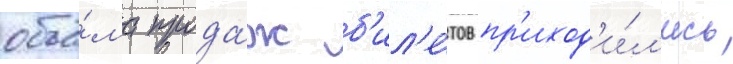
объё́ма прода́ж б'ил'е́тов пр'иход'и́л'ись